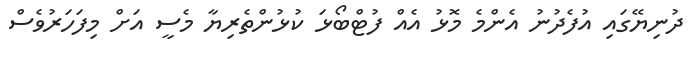
ދުނިޔޭގައި އުފެދުނު އެންމެ މޮޅު އެއް ފުޓްބޯޅަ ކުޅުންތެރިޔާ މެސީ އަށް މިފަހަރުވެސް